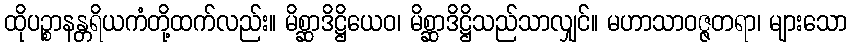
ထိုပဉ္စာနန္တရိယကံတို့ထက်လည်း။ မိစ္ဆာဒိဋ္ဌိယေဝ၊ မိစ္ဆာဒိဋ္ဌိသည်သာလျှင်။ မဟာသာဝဇ္ဇတရာ၊ များသော